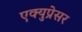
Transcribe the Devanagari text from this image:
एक्युप्रेसर